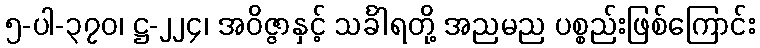
၅-ပါ-၃၇၀၊ ဋ္ဌ-၂၂၄၊ အဝိဇ္ဇာနှင့် သင်္ခါရတို့ အညမည ပစ္စည်းဖြစ်ကြောင်း